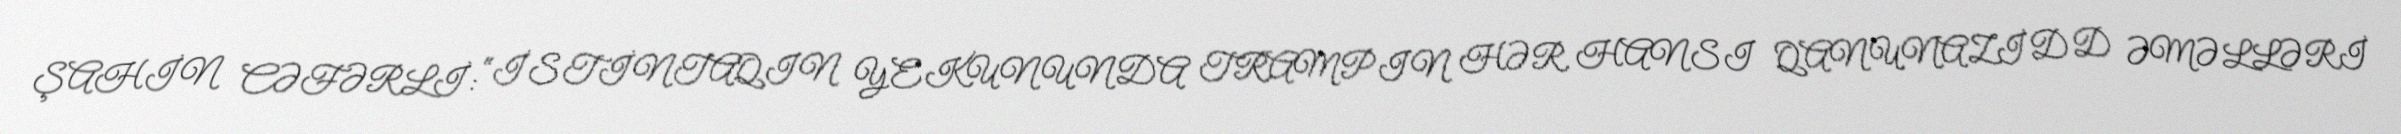
ŞAHİN CƏFƏRLİ: “İSTİNTAQIN YEKUNUNDA TRAMPIN HƏR HANSI QANUNAZİDD ƏMƏLLƏRİ